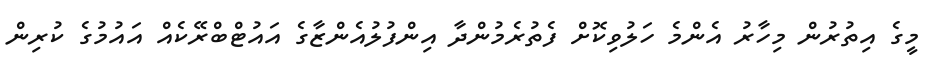
މީގެ އިތުރުން މިހާރު އެންމެ ހަލުވިކޮށް ފެތުރެމުންދާ އިންފުލުއެންޒާގެ އައުޓްބްރޭކެއް އައުމުގެ ކުރިން